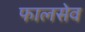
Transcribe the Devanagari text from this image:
फालसेव